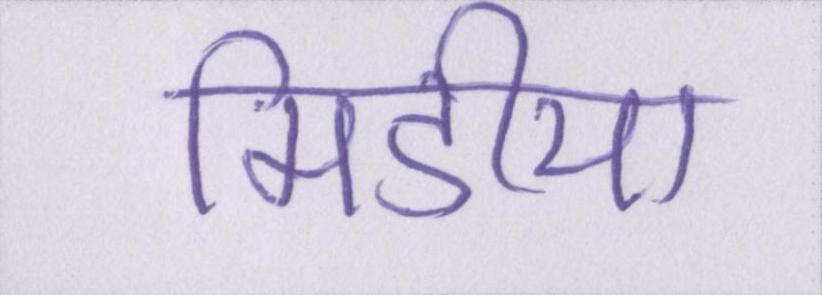
मिडीया